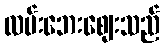
လမ်းဘေးဈေးသည်